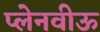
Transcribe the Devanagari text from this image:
प्लेनवीऊ